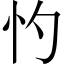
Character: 㣿